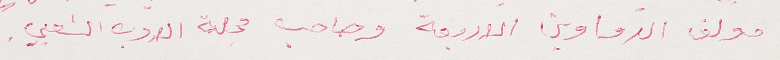
مولف الدواوين الاربعة وصاحب مجلة الادب الشعبي